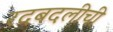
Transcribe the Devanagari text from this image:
रदबदलीची